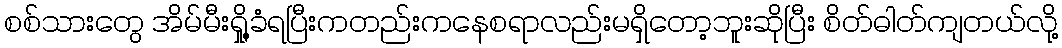
စစ်သားတွေ အိမ်မီးရှို့ခံရပြီးကတည်းကနေစရာလည်းမရှိတော့ဘူးဆိုပြီး စိတ်ဓါတ်ကျတယ်လို့